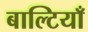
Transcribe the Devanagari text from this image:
बाल्टियाँ